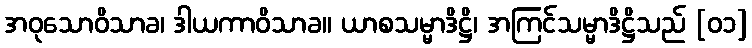
အဝုသောဝိသာခ၊ ဒါယကာဝိသာခ။ ယာစသမ္မာဒိဋ္ဌိ၊ အကြင်သမ္မာဒိဋ္ဌိသည် [၀၁]